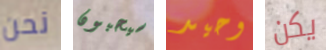
نحن سيحبون وحيد يكن